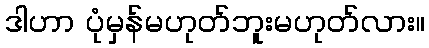
ဒါဟာ ပုံမှန်မဟုတ်ဘူးမဟုတ်လား။